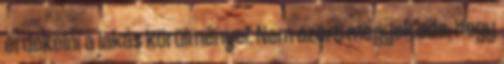
érdekelni a lakás körülményei. Nem azért megyek oda, hogy